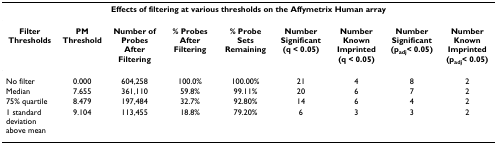
<table><thead><tr><td colspan="9"><b>Effects of filtering at various thresholds on the Affymetrix Human array</b></td></tr></thead><tbody><tr><td><b>Filter Thresholds</b></td><td><b>PM Threshold</b></td><td><b>Number of Probes After Filtering</b></td><td><b>% Probes After Filtering</b></td><td><b>% Probe Sets Remaining</b></td><td><b>Number Significant (q &lt; 0.05)</b></td><td><b>Number Known Imprinted (q &lt; 0.05)</b></td><td><b>Number Significant (p</b><sub><b>adj</b></sub><b>&lt; 0.05)</b></td><td><b>Number Known Imprinted (p</b><sub><b>adj</b></sub><b>&lt; 0.05)</b></td></tr><tr><td>No filter</td><td>0.000</td><td>604,258</td><td>100.0%</td><td>100.00%</td><td>21</td><td>4</td><td>8</td><td>2</td></tr><tr><td>Median</td><td>7.655</td><td>361,110</td><td>59.8%</td><td>99.11%</td><td>20</td><td>6</td><td>7</td><td>2</td></tr><tr><td>75% quartile</td><td>8.479</td><td>197,484</td><td>32.7%</td><td>92.80%</td><td>14</td><td>6</td><td>4</td><td>2</td></tr><tr><td>1 standard deviation above mean</td><td>9.104</td><td>113,455</td><td>18.8%</td><td>79.20%</td><td>6</td><td>3</td><td>3</td><td>2</td></tr></tbody></table>